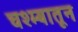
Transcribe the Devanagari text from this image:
चश्म्यातून